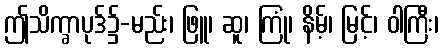
ဤသိက္ခာပုဒ်၌-မည်း၊ ဖြူ၊ ဆူ၊ ကြုံ၊ နိမ့်၊ မြင့်၊ ဝါကြီး၊